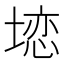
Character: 𱗨